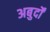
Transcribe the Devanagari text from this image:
अबुर्दों